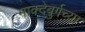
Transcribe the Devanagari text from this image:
माक्देबुर्गच्या